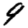
Digit: 9